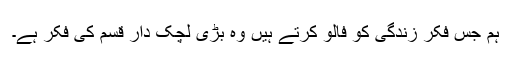
ہم جس فکر زندگی کو فالو کرتے ہیں وہ بڑی لچک دار قسم کی فکر ہے۔